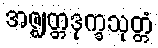
အဇ္ဈတ္တဒုက္ခသုတ္တံ